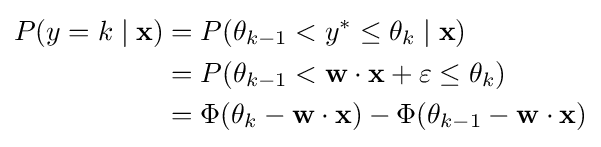
{\begin{aligned}P(y=k\mid \mathbf {x} )&=P(\theta _{k-1}<y^{*}\leq \theta _{k}\mid \mathbf {x} )\\&=P(\theta _{k-1}<\mathbf {w} \cdot \mathbf {x} +\varepsilon \leq \theta _{k})\\&=\Phi (\theta _{k}-\mathbf {w} \cdot \mathbf {x} )-\Phi (\theta _{k-1}-\mathbf {w} \cdot \mathbf {x} )\end{aligned}}